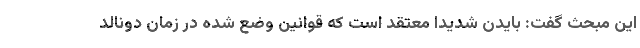
این مبحث گفت: بایدن شدیدا معتقد است که قوانین وضع شده در زمان دونالد